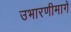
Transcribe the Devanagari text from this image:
उभारणीमागे